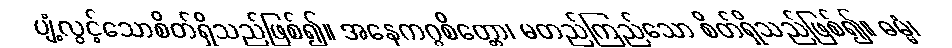
ပျံ့လွင့်သောစိတ်ရှိသည်ဖြစ်၍။ အနေကဂ္ဂစိတ္တော၊ မတည်ကြည်သော စိတ်ရှိသည်ဖြစ်၍။ ဓမ္မံ၊